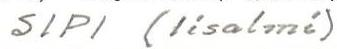
SIPI (Iisalmi)